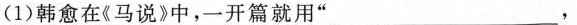
(1)韩愈在《马说》中，一开篇就用”_，